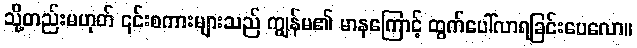
သို့တည်းမဟုတ် ၎င်းစကားများသည် ကျွန်မ၏ မာနကြောင့် ထွက်ပေါ်လာရခြင်းပေလော။